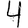
Digit: 4